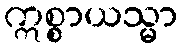
ဣစ္စာယသ္မာ